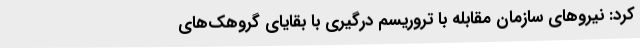
کرد: نیروهای سازمان مقابله با تروریسم درگیری با بقایای گروهک‌های